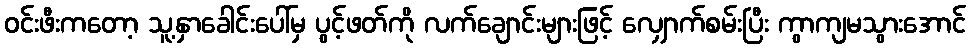
ဝင်းဖီးကတော့ သူ့နှာခေါင်းပေါ်မှ ပွင့်ဖတ်ကို လက်ချောင်းများဖြင့် လျှောက်စမ်းပြီး ကွာကျမသွားအောင်